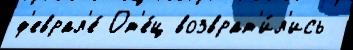
ф'еврал'е́ От'е́ц возврат'и́л'ись